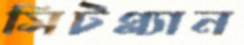
সিটপ্ল্যান